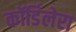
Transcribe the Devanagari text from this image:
कॉर्डिलेरा